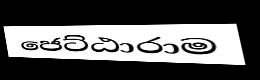
ජෙට්ඨාරාම